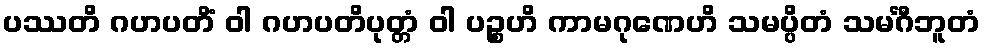
ပဿတိ ဂဟပတိံ ဝါ ဂဟပတိပုတ္တံ ဝါ ပဉ္စဟိ ကာမဂုဏေဟိ သမပ္ပိတံ သမင်္ဂီဘူတံ